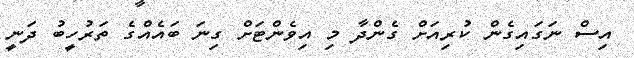
އިސް ނަގައިގެން ކުރިއަށް ގެންދާ މި އިވެންޓަށް ގިނަ ބައެއްގެ ތަރުހީބު ދަނީ